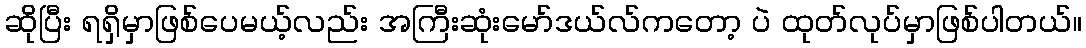
ဆိုပြီး ရရှိမှာဖြစ်ပေမယ့်လည်း အကြီးဆုံးမော်ဒယ်လ်ကတော့ ပဲ ထုတ်လုပ်မှာဖြစ်ပါတယ်။